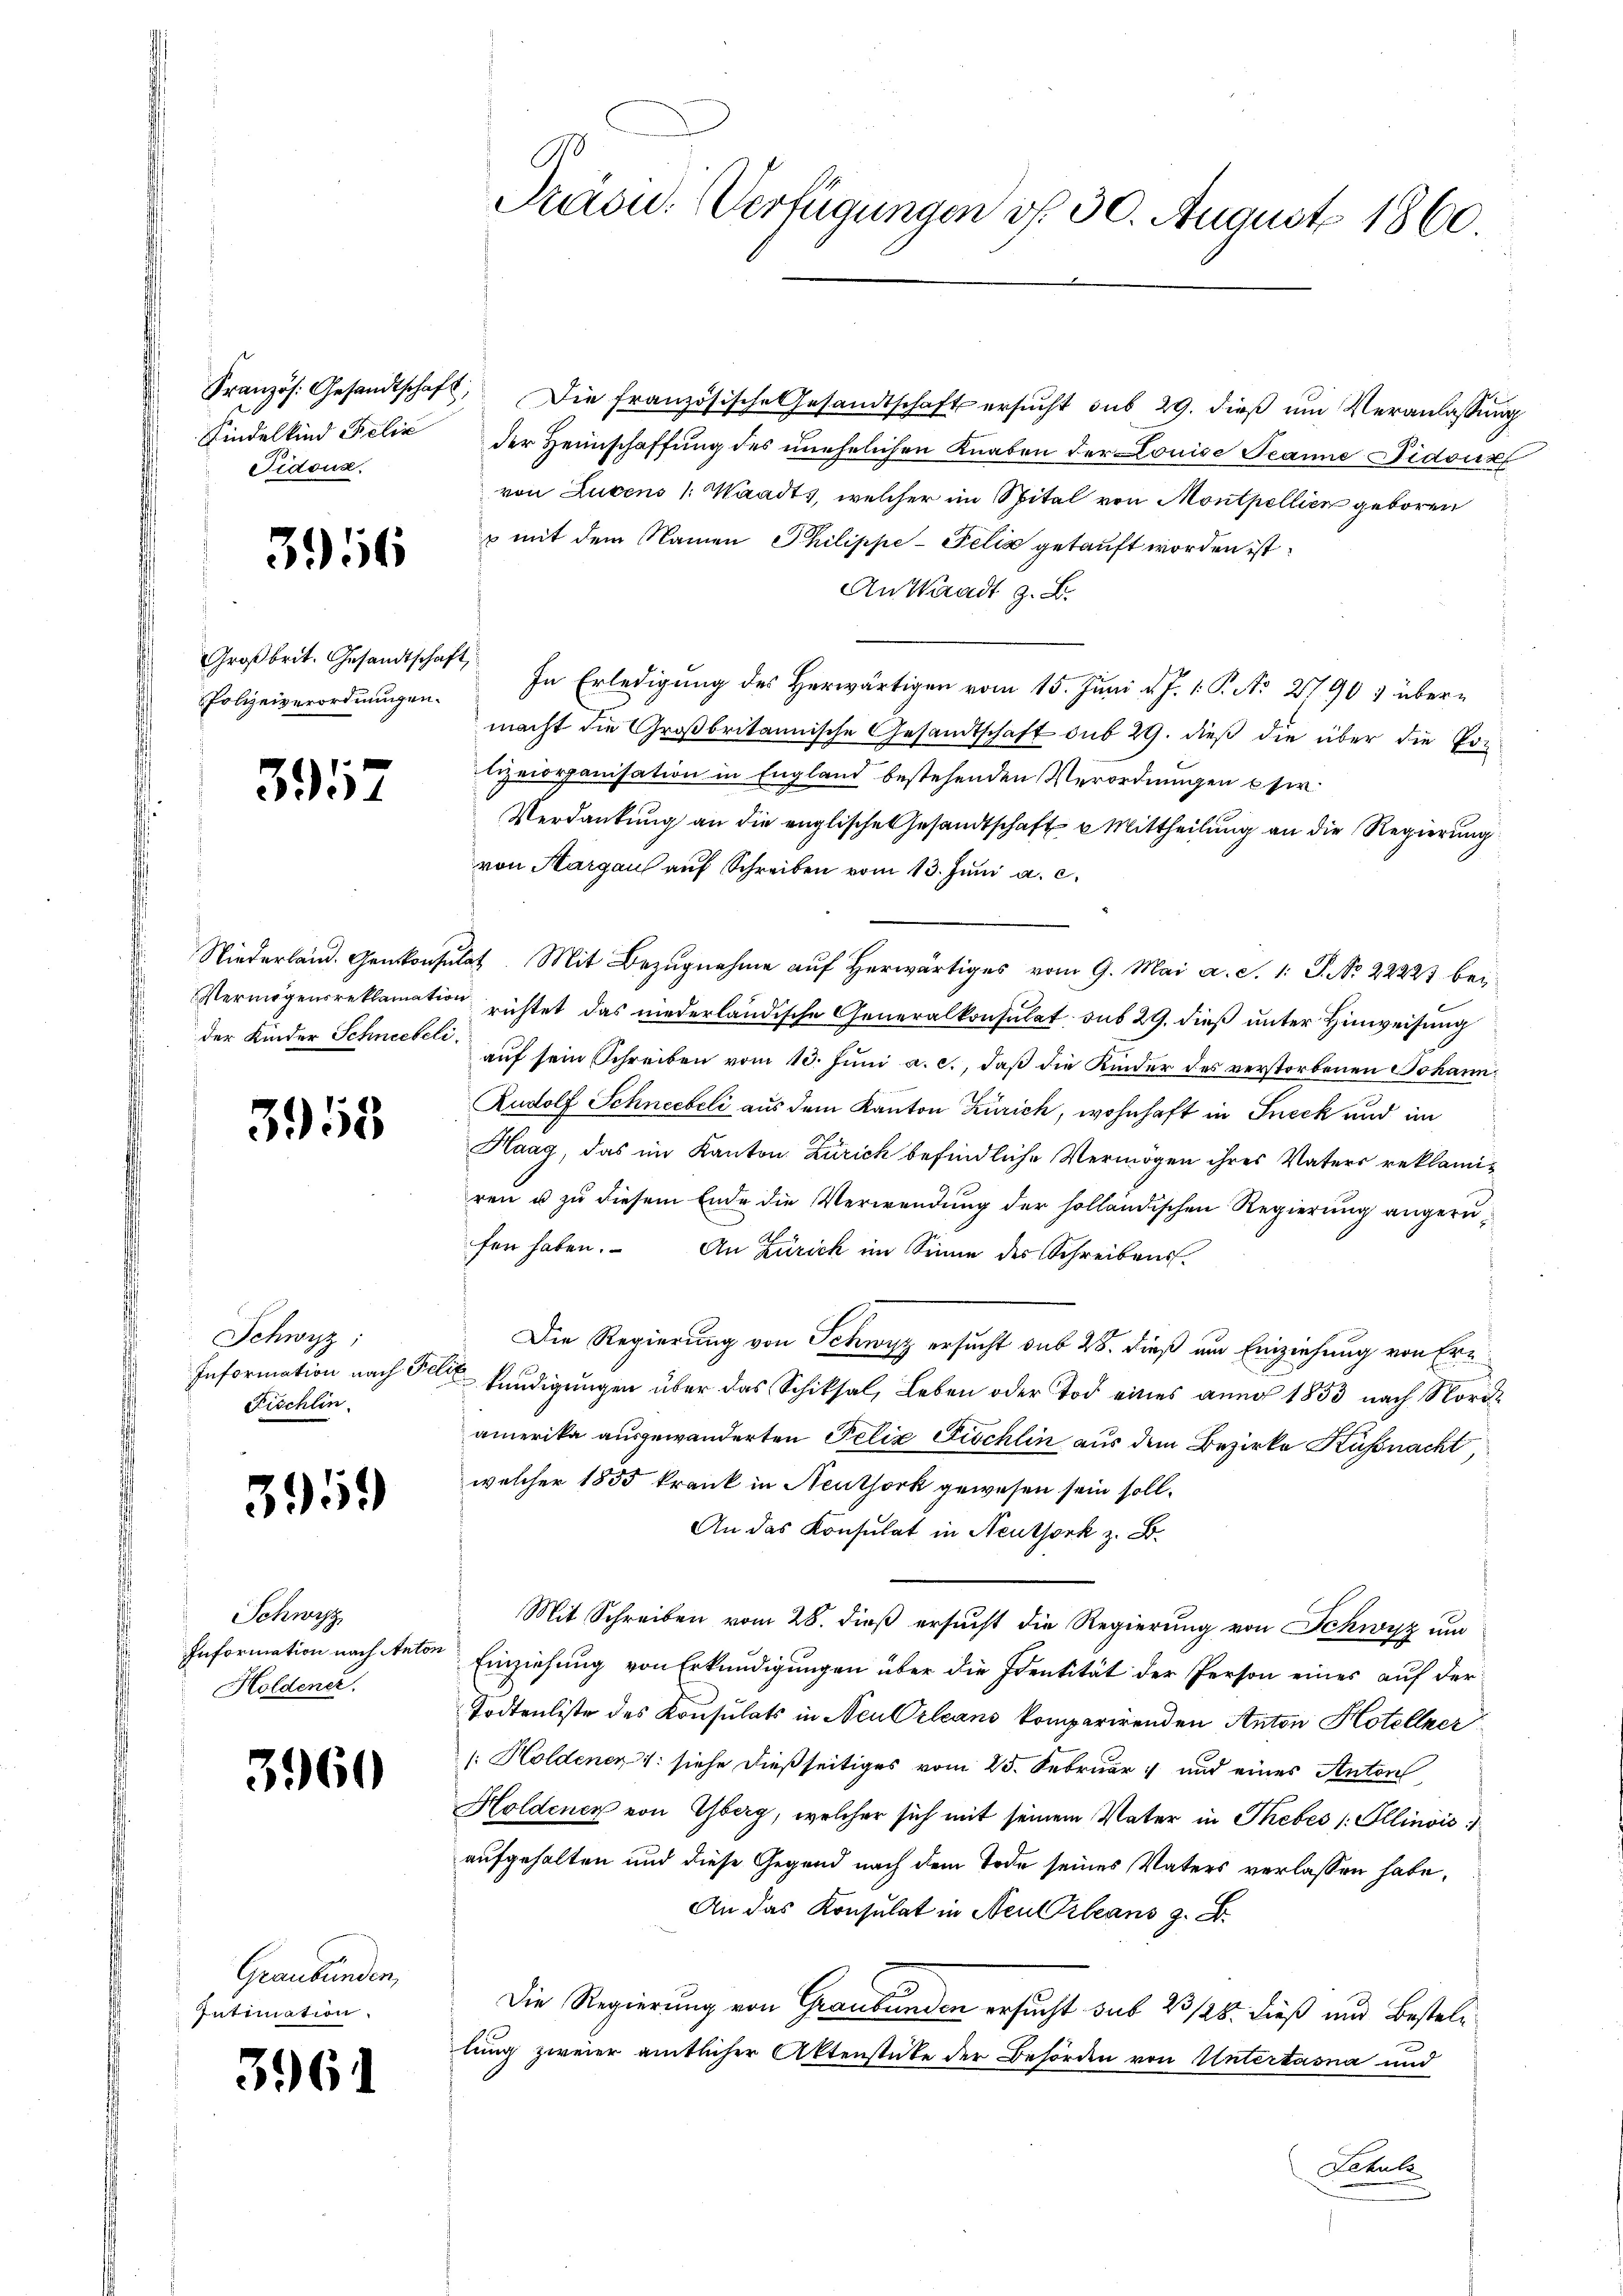
Fidous.

356

Großbrit. Gesandtschaft,
PPolizeiverordnungen.

397

der Kinder Schneebeli

3958

Schwyz;
Fischlin

395

Schwyz
Holdener.

3960

Graubünden,
Intimation.

396

Präsid.. Verfügungen d. 30. August 1860.

Französ. Gesandtschaft. Die französische Gesandtschaft ersŭcht sub 29. dieß um Veranlassung
Kindelkind Felix der Heimschaffung des unehelichen Knaben der Louise Jeanne Didous
von Lucens /: Waadt, welcher im Spital von Montpellier geboren
u mit dem Namen Philippe-Felix getauft worden ist.
An Waadt z. B.
In Erledigung des Herwärtigen vom 15. Juni d. J. 1. P. No 27907 übermacht die Großbritannische Gesandtschaft sub 29. dieß die über die Po-
lizeiorganisation in England bestehenden Verordnungen Oser¬
Verdankung an die englische Gesandtschaft u Mittheilung an die Regierung
von Margau auf Schreiben vom 13. Juni a. c.
Niederland. Genkonsultat. Mit Bezugnahme auf herwärtiges vom 9. Mai a. S. 1: P. Nr. 22223 bei
Vermögensreklamation richtet das niederländische Generalkonsulat sub 29. dieß unter Hinweisung
auf sein Schreiben vom 10. Juni a. c., daß die Kinder des verstorbenen Johann¬
Rudolf Schneebeli aus dem Kanton Zürich, wohnhaft in Ineck und im
Haag, das im Kanton Zürich befindliche Vermögen ihres Vaters reklamiren u zu diesem Ende die Verwendung der holländischen Regierung angerufen haben. An Zürich im Sinne des Schreibens-
Die Regierung von Schwyz ersucht sub 28. dieß um Einziehung von Er¬
Information nach Fall kündigungen über das Schiksal, Leben oder Tod eines anno 1853 nach Nordamerika ausgewanderten Felix Fischlin aus dem Bezirke Küßnacht,
welcher 1855 krank in Neuthork gewesen sein soll.
An das Konsulat in Neuthork z. B.
Mit Schreiben vom 28. dieß ersucht die Regierung von Schwyz um
Information nach Felder Einziehung von Erkundigungen über die Identität der Person eines auf der
Todtenliste des Konsulats in Neu Orleans komparirenden Anton Hotellner
[: Holdenen 1: siehe dießseitiges vom 25. Februar 1 und eines Anton
Holdenen von Yberg, welcher sich mit seinem Vater in Thebes /: Ellinois
aufgehalten und diese Gegend nach dem Tode seines Vaters verlassen habe,
An das Konsulat in Neuerbeans z. B.
Die Regierung von Graubünden ersucht sub 23/28. dieß und Bestellung zweier amtlicher Aktenstüke der Behörden von Untertasna und
Schulz